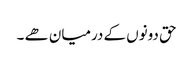
حق دونوں کے درمیان ھے ۔